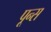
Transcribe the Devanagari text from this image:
पून्स